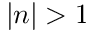
| n | > 1